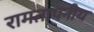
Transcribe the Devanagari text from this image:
रामतापनीय